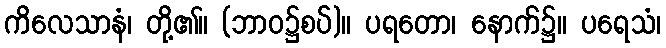
ကိလေသာနံ၊ တို့၏။ (ဘာဝ၌စပ်)။ ပရတော၊ နောက်၌။ ပရေသံ၊